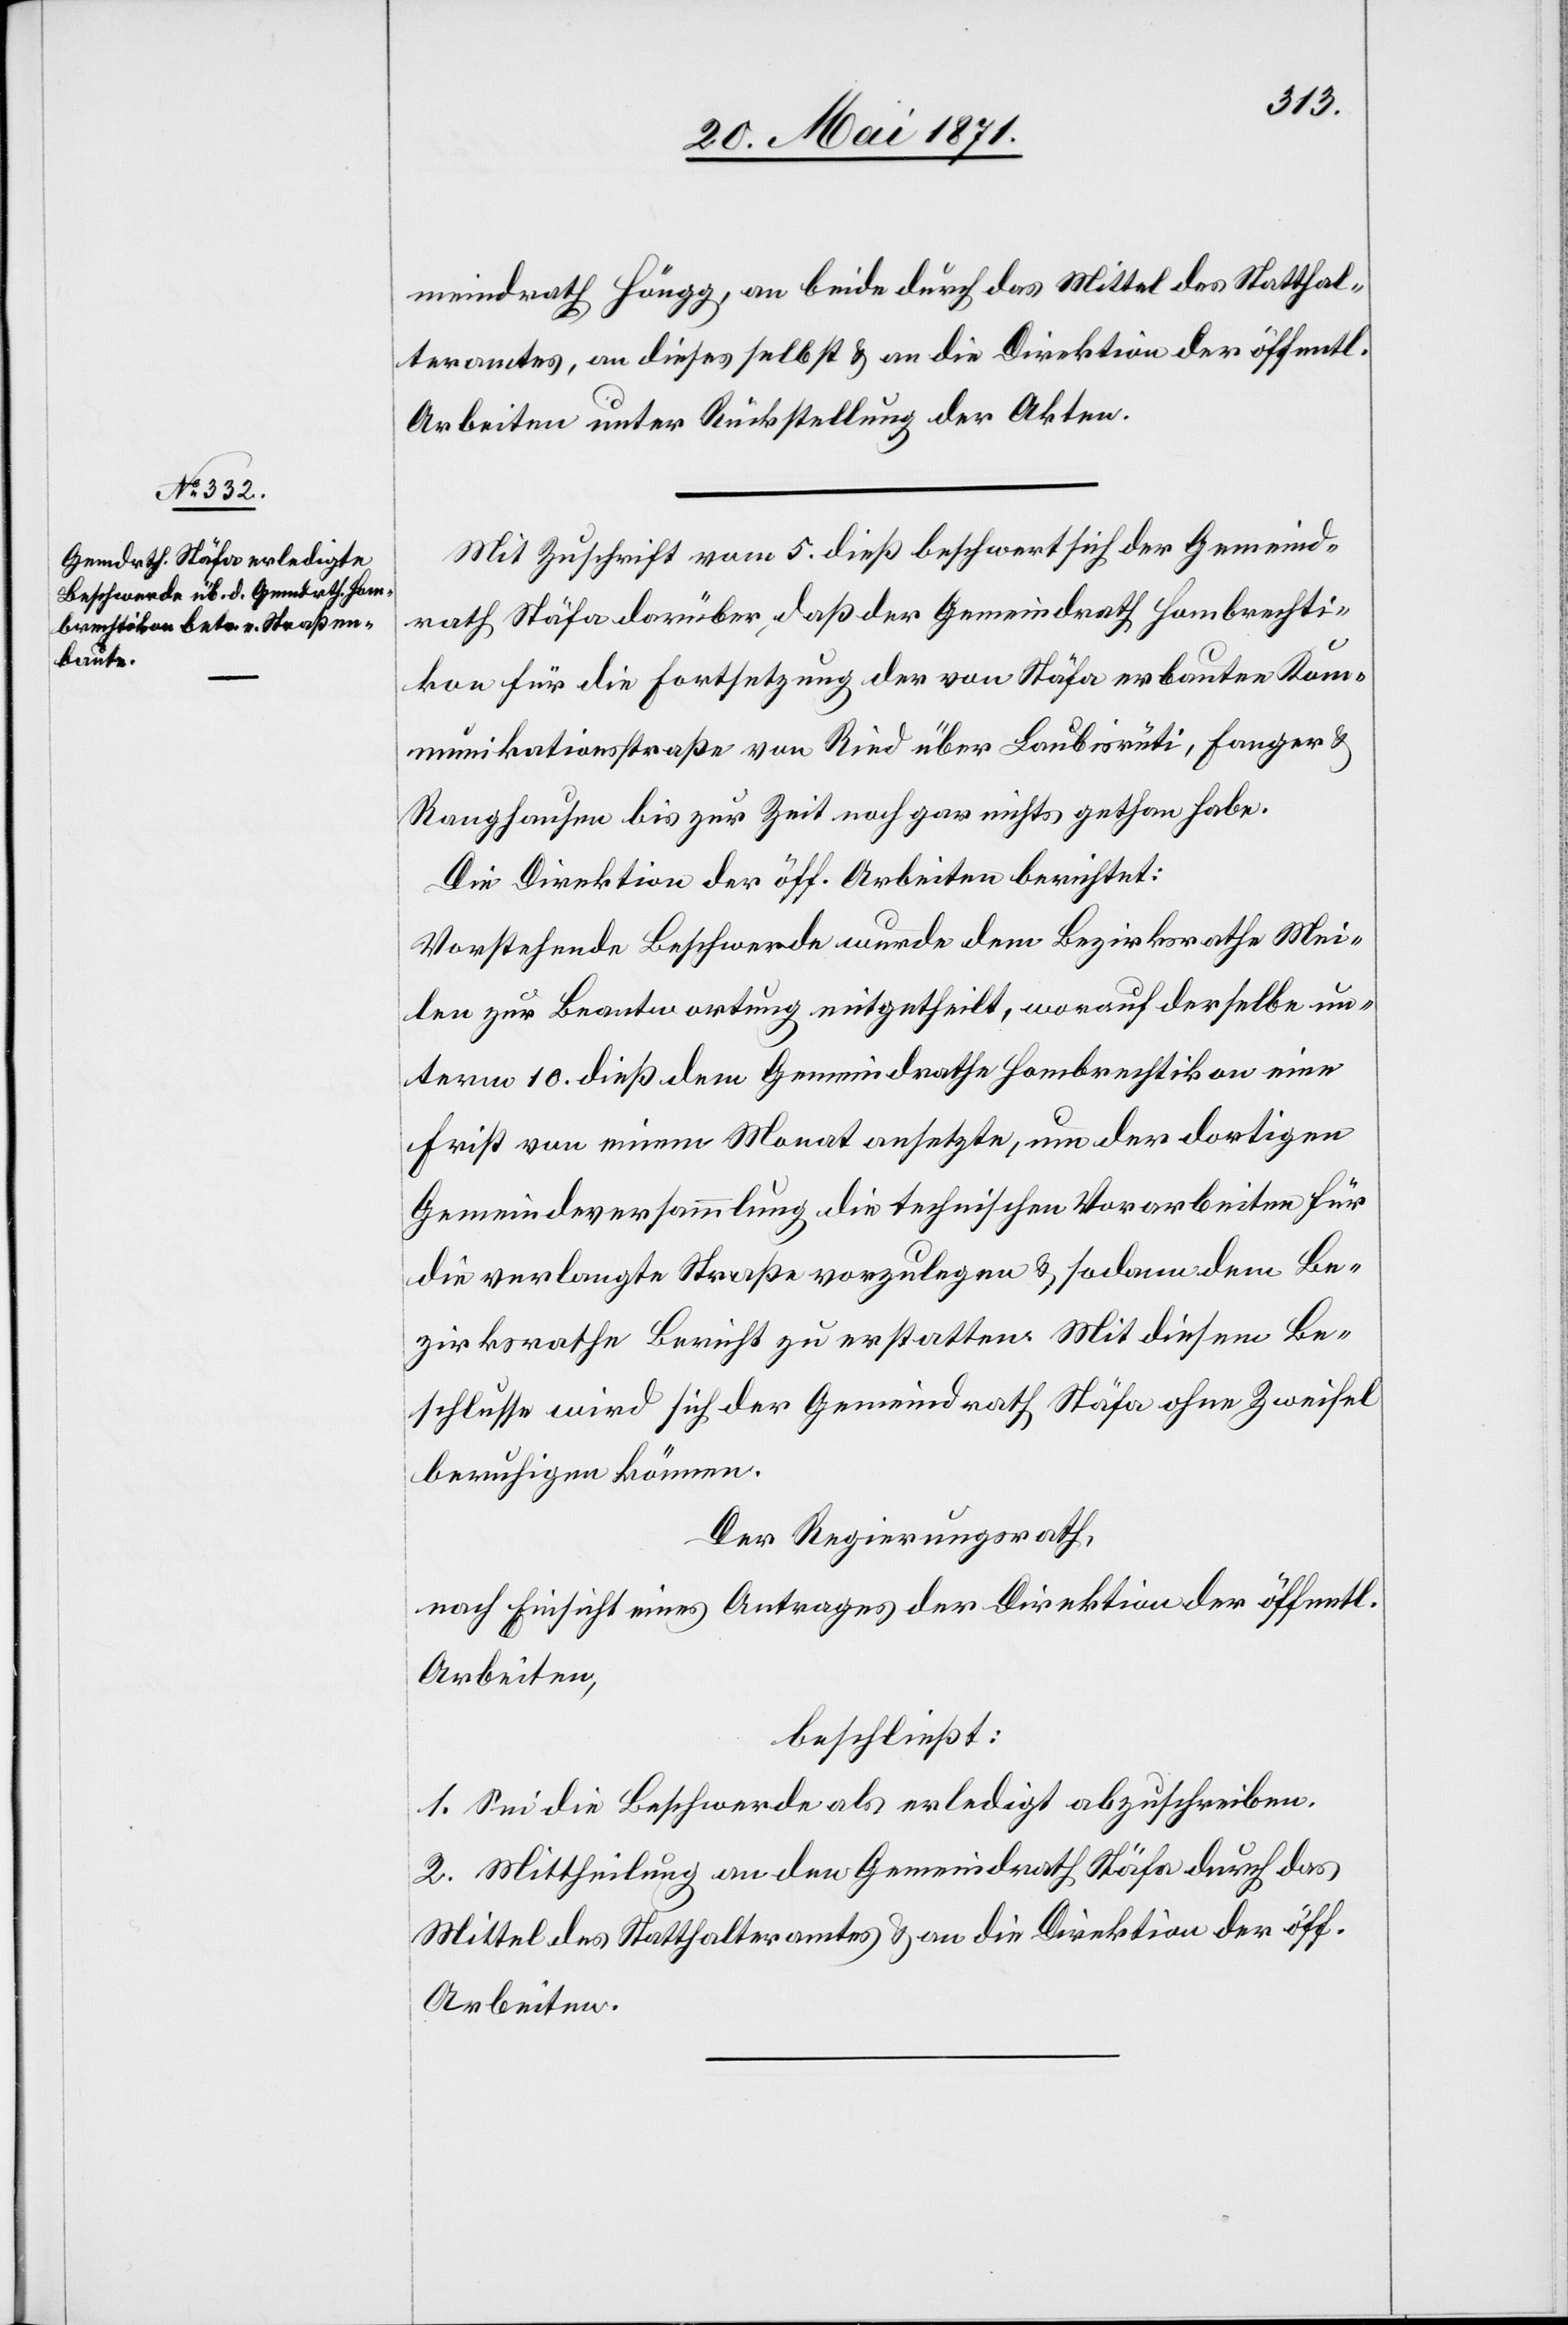
meindrath Höngg, an beide durch das Mittel des Statthal¬
teramtes, an dieses selbst u. an die Direktion der öff.
Arbeiten unter Rückstellung der Akten.
Mit Zuschrift vom 5. dieß beschwert sich der Gemeind¬
rath Stäfa darüber, daß der Gemeindrath Hombrechti¬
kon für die Fortsetzung der von Stäfa erbauten Kom¬
munikationsstraße von Ried über Laubisrüti, Fanger u.
Ranghausen bis zur Zeit noch gar nichts gethan habe.
Die Direktion der öff. Arbeiten berichtet:
Vorstehende Beschwerde wurde dem Bezirksrathe Mei¬
len zur Beantwortung mitgetheilt, worauf derselbe un¬
term 10. dieß dem Gemeindrathe Hombrechtikon eine
Frist von einem Monat angesetzt, um der dortigen
Gemeindeversammlung die technischen Vorarbeiten für
die verlangte Straße vorzulegen u. sodann dem Be¬
zirksrathe Bericht zu erstatten. Mit diesem Be¬
schlusse wird sich der Gemeindrath Stäfa ohne Zweifel
beruhigen können.
Der Regierungsrath,
nach Einsicht eines Antrages der Direktion der öffentl.
Arbeiten,
beschließt:
1. Sei die Beschwerde als erledigt abzuschreiben.
2. Mittheilung an den Gemeindrath Stäfa durch das
Mittel des Statthalteramt u. an die Direktion der öff.
Arbeiten.